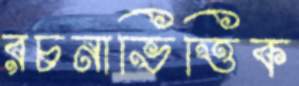
রচনাভিত্তিক